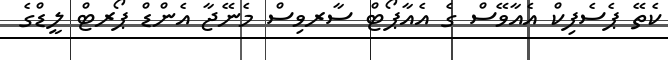
ކެތޭ ޕެސެފިކް އެއާވޭސް ގެ އެއާޕޯޓް ސާރވިސް މެނޭޖާ އެންޑް ޕޯރޓް ލީޑްގެ